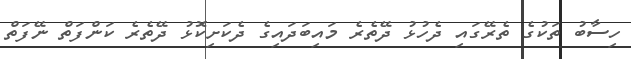
ހިސާބު ތަކުގެ ތެރޭގައި ދެހުޅު ދޭތެރެ މައިބަދައިގެ ދެކަށިކޮޅު ދޭތެރެ ކަންފަތް ނޭފަތް